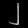
Digit: ၂